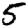
Digit: 5